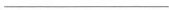
___